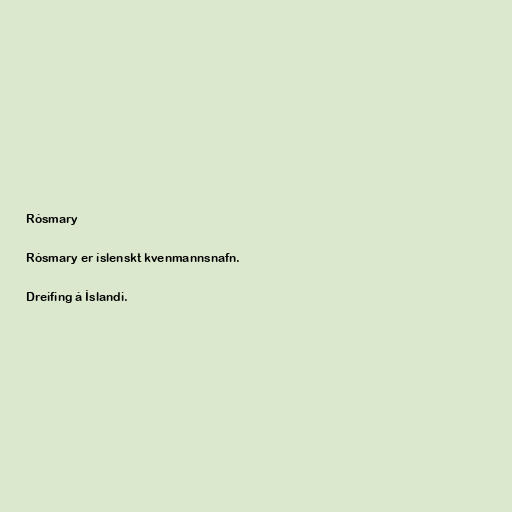
Rósmary

Rósmary er íslenskt kvenmannsnafn.

Dreifing á Íslandi.